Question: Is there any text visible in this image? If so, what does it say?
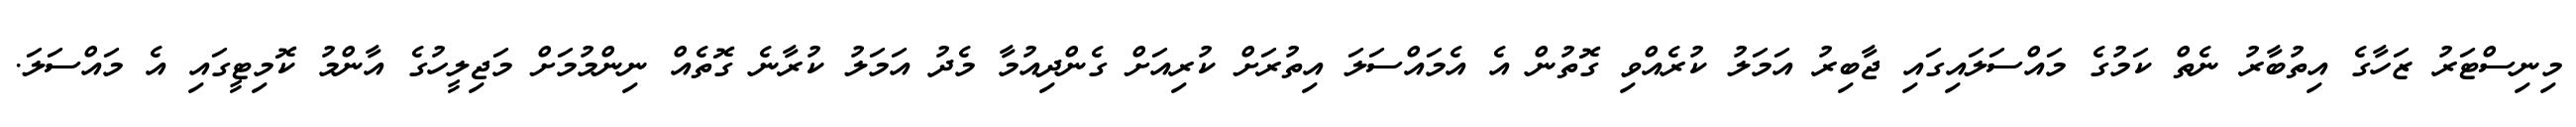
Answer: މިނިސްޓަރު ޒަހާގެ އިތުބާރު ނެތް ކަމުގެ މައްސަލައިގައި ޖާބިރު އަމަލު ކުރެއްވި ގޮތުން އެ އެމައްސަލަ އިތުރަށް ކުރިއަށް ގެންދިއުމާ މެދު އަމަލު ކުރާނެ ގޮތެއް ނިންމުމަށް މަޖިލީހުގެ އާންމު ކޮމިޓީގައި އެ މައްސަލަ.